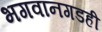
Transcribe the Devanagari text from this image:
भगवानगडही